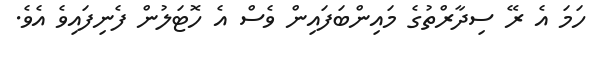
ހަމަ އެ ރޭ ސިދާރްތުގެ މައިންބަފައިން ވެސް އެ ހޮޓަލުން ފެނިފައިވެ އެވެ.